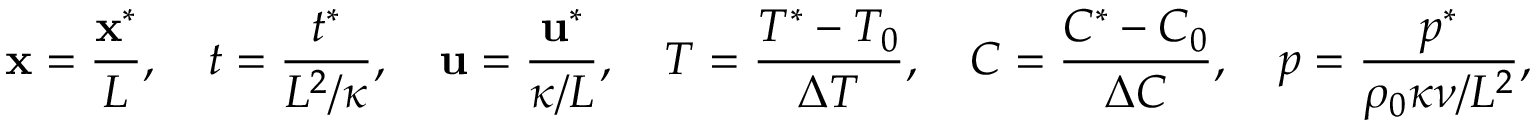
\mathbf { x } = \frac { \mathbf { x } ^ { * } } { L } , \quad t = \frac { t ^ { * } } { L ^ { 2 } / \kappa } , \quad \mathbf { u } = \frac { \mathbf { u } ^ { * } } { \kappa / L } , \quad T = \frac { T ^ { * } - T _ { 0 } } { \Delta T } , \quad C = \frac { C ^ { * } - C _ { 0 } } { \Delta C } , \quad p = \frac { p ^ { * } } { \rho _ { 0 } \kappa \nu / L ^ { 2 } } ,